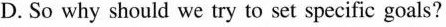
D. So why should we try to set specific goals?